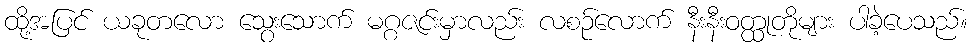
ထို့အပြင် ယခုတလော သွေးသောက် မဂ္ဂဇင်းမှာလည်း လစဉ်လောက် နီးနီးဝတ္ထုတိုများ ပါခဲ့ပေသည်။